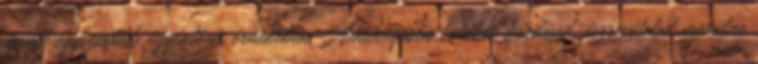
minél egyszerűbb ügyintézés érdekében Amennyiben további kérdésed, észrevételed merülne